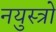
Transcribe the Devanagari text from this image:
नयुस्त्रो